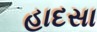
હાદસા